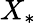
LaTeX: X_{*}